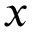
\boldsymbol { x }